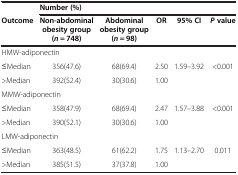
|  | <COLSPAN=5> Number (%) |
 | Outcome | Non-abdominal obesity group (n = 748) | Abdominal obesity group (n = 98) | OR | 95% CI | Pvalue |
 | --- | --- | --- | --- | --- | --- |
 | <COLSPAN=6> HMW-adiponectin |
 | ≤Median | 356(47.6) | 68(69.4) | 2.50 | 1.59–3.92 | <0.001 |
 | >Median | 392(52.4) | 30(30.6) | 1.00 |  |  |
 | <COLSPAN=6> MMW-adiponectin |
 | ≤Median | 358(47.9) | 68(69.4) | 2.47 | 1.57–3.88 | <0.001 |
 | >Median | 390(52.1) | 30(30.6) | 1.00 |  |  |
 | <COLSPAN=6> LMW-adiponectin |
 | ≤Median | 363(48.5) | 61(62.2) | 1.75 | 1.13–2.70 | 0.011 |
 | >Median | 385(51.5) | 37(37.8) | 1.00 |  |  |